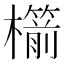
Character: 櫤